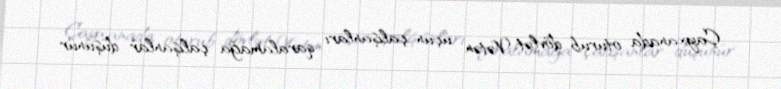
Çayxanada oturub dövlət, Vətən üçün çalışanları qaralamağa çalışanlar düşünür